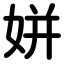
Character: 姘